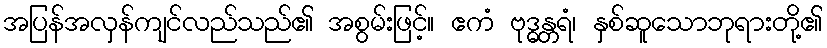
အပြန်အလှန်ကျင်လည်သည်၏ အစွမ်းဖြင့်။ ဧကံ ဗုဒ္ဓန္တရံ၊ နှစ်ဆူသောဘုရားတို့၏